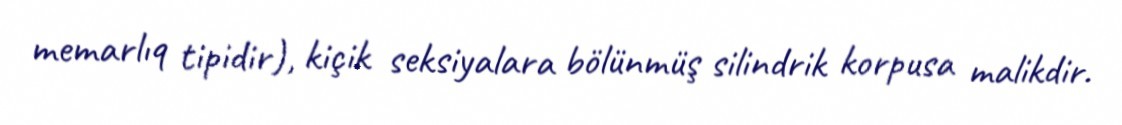
memarlıq tipidir), kiçik seksiyalara bölünmüş silindrik korpusa malikdir.